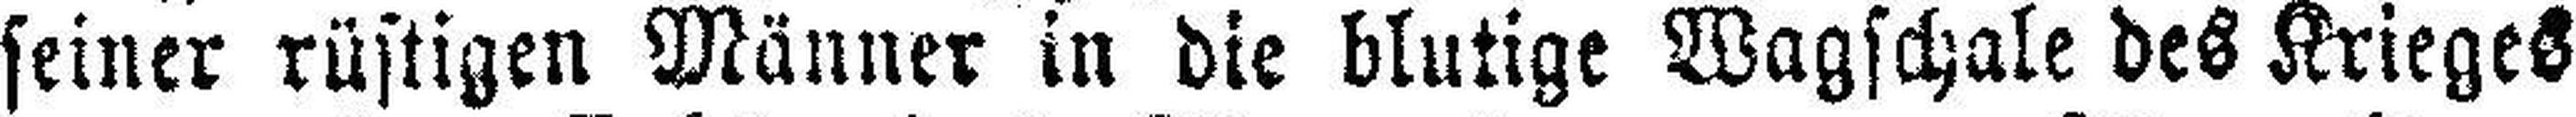
seiner rüstigen Männer in die blutige Wagschale des Krieges